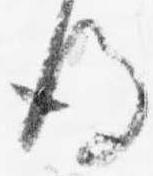
後